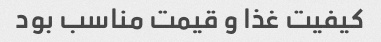
کیفیت غذا و قیمت مناسب بود